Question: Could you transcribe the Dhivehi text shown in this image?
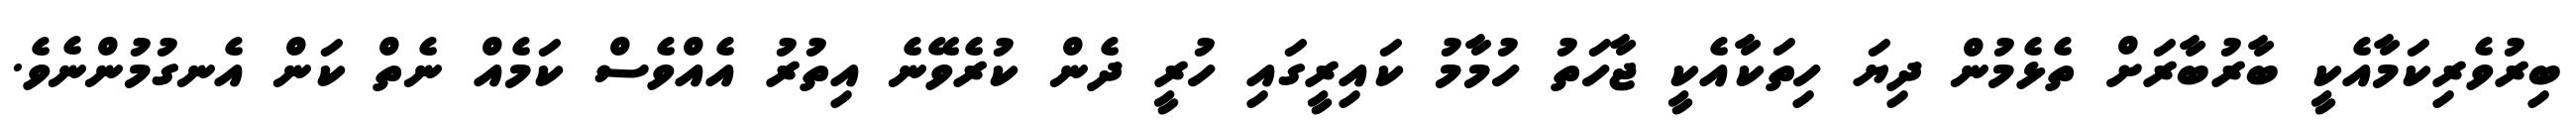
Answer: ބިރުވެރިކަމާއެކީ ބާރުބާރަށް ތެޅެމުން ދިޔަ ހިތަކާއެކީ ޖާހަތު ހުމާމު ކައިރީގައި ހުރީ ދެން ކުރެވޭނެ އިތުރު އެއްވެސް ކަމެއް ނެތް ކަން އެނގުމުންނެވެ.